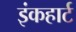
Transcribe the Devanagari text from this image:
इंकहार्ट